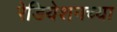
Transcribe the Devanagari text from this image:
रेडियेशनच्या